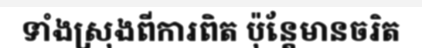
ទាំងស្រុងពីការពិត ប៉ុន្តែមានចរិត